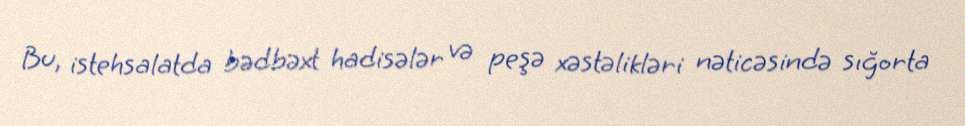
Bu, istehsalatda bədbəxt hadisələr və peşə xəstəlikləri nəticəsində sığorta